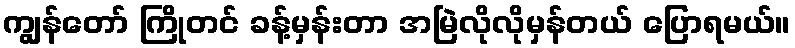
ကျွန်တော် ကြိုတင် ခန့်မှန်းတာ အမြဲလိုလိုမှန်တယ် ပြောရမယ်။